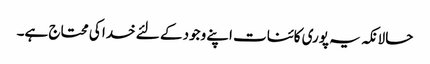
حالانکہ یہ پوری کائنات اپنے وجود کے لئے خدا کی محتاج ہے۔